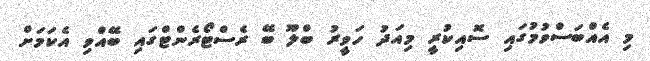
މި އެއްބަސްވުމުގައި ސޮއިކުރީ މިއަދު ހަވީރު ބްލޫ ބޭ ރެސްޓޯރެންޓްގައި ބޭއްވި އެކަމަށް